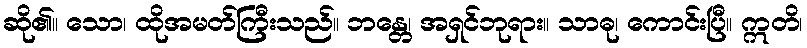
ဆို၏။ သော၊ ထိုအမတ်ကြီးသည်။ ဘန္တေ၊ အရှင်ဘုရား။ သာဓု၊ ကောင်းပြီ။ ဣတိ၊